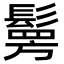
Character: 𩮒